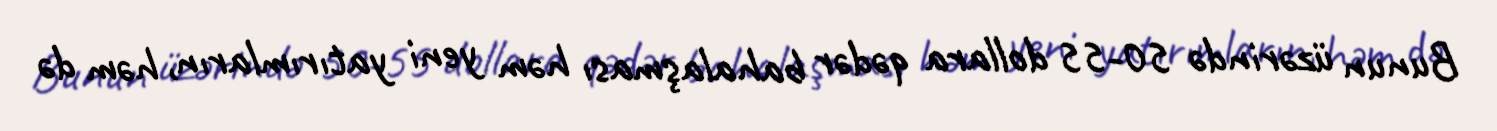
Bunun üzərində 50-55 dollara qədər bahalaşması həm yeni yatırımların, həm də